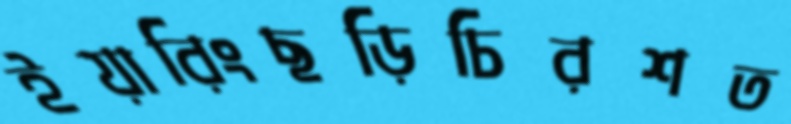
ইয়ারিংছড়িচিরশত